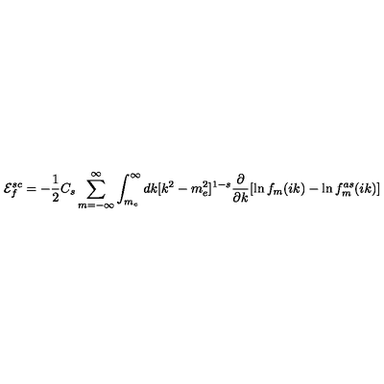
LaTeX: { \cal E } _ { f } ^ { s c } = - \frac 1 2 C _ { s } \sum _ { m = - \infty } ^ { \infty } \int _ { m _ { e } } ^ { \infty } d k [ k ^ { 2 } - m _ { e } ^ { 2 } ] ^ { 1 - s } \frac { \partial } { \partial k } [ \ln f _ { m } ( i k ) - \ln f _ { m } ^ { a s } ( i k ) ]